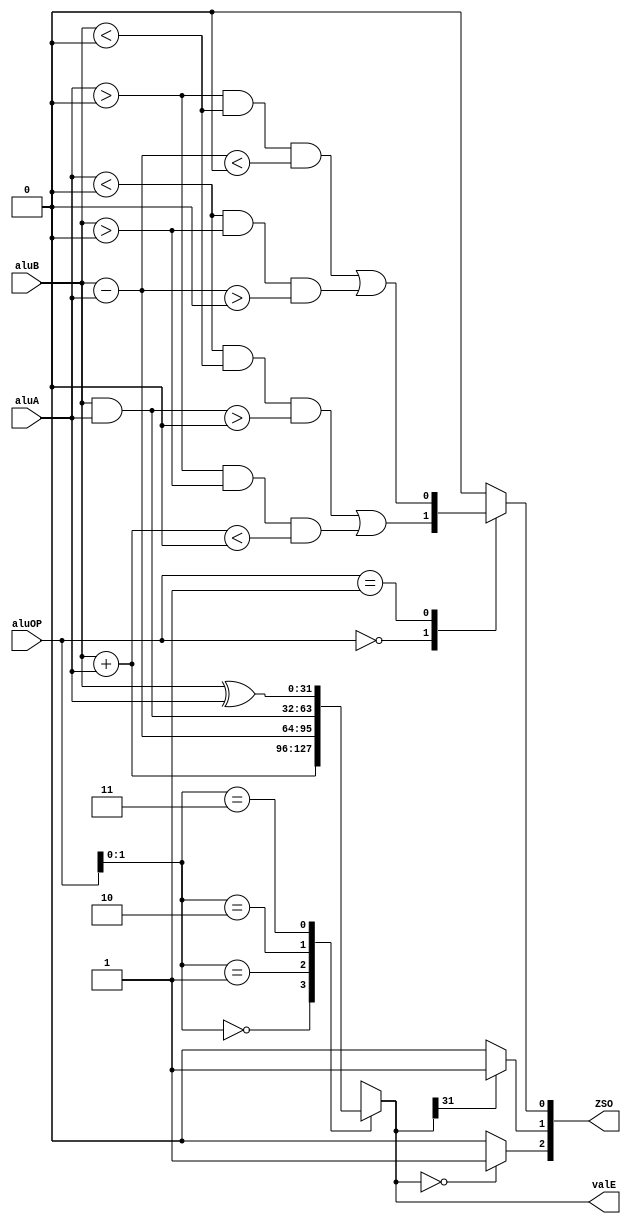
`timescale 1ns / 1ps
//////////////////////////////////////////////////////////////////////////////////
// Company: 
// Engineer: 
// 
// Design Name: 
// Module Name: alu
// Project Name: 
// Target Devices: 
// Tool Versions: 
// Description: 
// 
// Dependencies: 
// 
// Revision:
// Revision 0.01 - File Created
// Additional Comments:
// 
//////////////////////////////////////////////////////////////////////////////////


module alu(
    input [31:0] aluA,
    input [31:0] aluB,
    input [3:0] aluOP,
    output reg [2:0] ZSO,
    output reg [31:0] valE
    );
    
    wire neg_add_overflow;
    wire pos_add_overflow;
    wire neg_sub_overflow;
    wire pos_sub_overflow;
    
    wire [31:0] add_out;
    wire [31:0] sub_out;
    wire [31:0] and_out;
    wire [31:0] xor_out;
    
    initial begin
        ZSO = 0;
        // valE = 0;
    end
    
    assign add_out = aluB + aluA;
    assign sub_out = aluB - aluA;
    assign and_out = aluB & aluA;
    assign xor_out = aluB ^ aluA;
    
    assign pos_add_overflow = (aluA < 0) & (aluB < 0) & (and_out > 0);
    assign neg_add_overflow = (aluA > 0) & (aluB > 0) & (add_out < 0);
    assign neg_sub_overflow = (aluA < 0) & (aluB > 0) & (sub_out > 0);
    assign pos_sub_overflow = (aluA > 0) & (aluB < 0) & (sub_out < 0);
    
    always @ (*)
        case (aluOP)
            4'h0 : ZSO[0] = pos_add_overflow | neg_add_overflow;
            4'h1 : ZSO[0] = pos_sub_overflow | neg_sub_overflow;
            default : ZSO[0] = 1'b0;
        endcase
    
    always @ (valE)
        if (valE == 32'h0) begin
            ZSO[2] <= 1;
        end else
            ZSO[2] <= 0;
            
    always @ (valE)
        if (valE[31] == 0) begin
            ZSO[1] <= 0;
        end else
            ZSO[1] <= 1;
    

    always @ (*)
        case (aluOP[1:0])
            2'h0 : valE <= add_out;
            2'h1 : valE <= sub_out;
            2'h2 : valE <= and_out;
            2'h3 : valE <= xor_out;
        endcase
    
endmodule